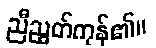
ညီညွတ်ကုန်၏။